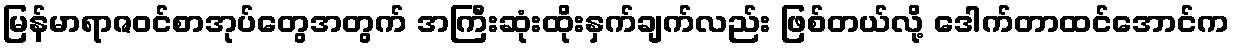
မြန်မာရာဇဝင်စာအုပ်တွေအတွက် အကြီးဆုံးထိုးနှက်ချက်လည်း ဖြစ်တယ်လို့ ဒေါက်တာထင်အောင်က